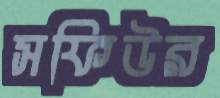
সফিউর